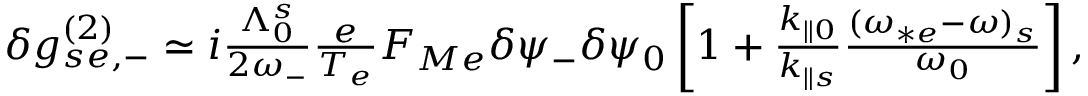
\begin{array} { r } { \delta g _ { s e , - } ^ { ( 2 ) } \simeq i \frac { \Lambda _ { 0 } ^ { s } } { 2 \omega _ { - } } \frac { e } { T _ { e } } F _ { M e } \delta \psi _ { - } \delta \psi _ { 0 } \left[ 1 + \frac { k _ { \parallel 0 } } { k _ { \parallel s } } \frac { ( \omega _ { * e } - \omega ) _ { s } } { \omega _ { 0 } } \right] , } \end{array}